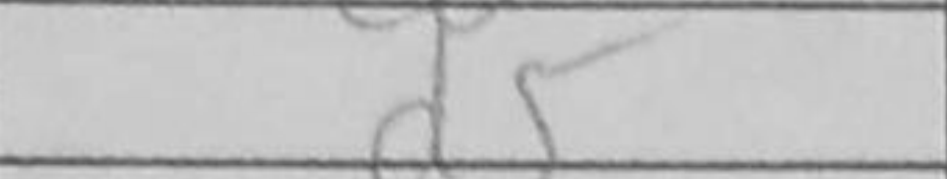
Transcription: d5